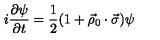
i { \frac { \partial \psi } { \partial t } } = { \frac { 1 } { 2 } } ( 1 + \vec { \rho } _ { 0 } \cdot \vec { \sigma } ) \psi